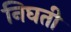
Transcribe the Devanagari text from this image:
निघती